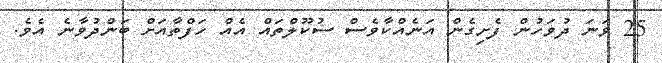
25 ވަނަ ދުވަހުން ފެށިގެން އަނެއްކާވެސް ސުކޫލްތައް އެއް ހަފްތާއަށް ބަންދުވާނެ އެވެ.